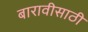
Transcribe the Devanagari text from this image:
बारावीसाठी